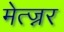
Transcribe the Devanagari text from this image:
मेत्ज्नर